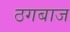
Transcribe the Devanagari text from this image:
ठगबाज